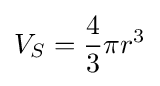
V_{S}={\frac {4}{3}}\pi r^{3}